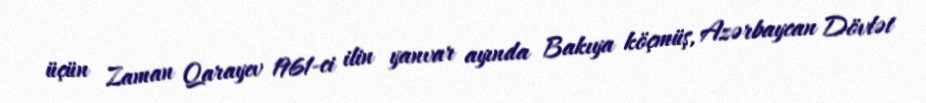
üçün Zaman Qarayev 1961-ci ilin yanvar ayında Bakıya köçmüş, Azərbaycan Dövlət